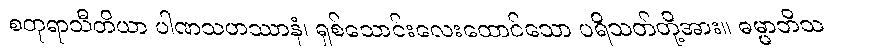
စတုရာသီတိယာ ပါဏသဟဿာနံ၊ ရှစ်သောင်းလေးထောင်သော ပရိသတ်တို့အား။ ဓမ္မာဘိသ